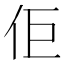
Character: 佢